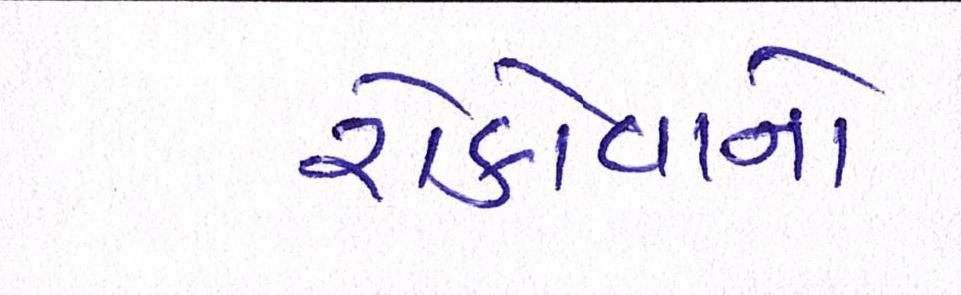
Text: રોકોવાનો